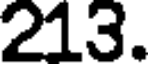
213.